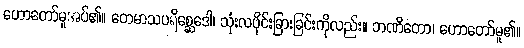
ဟောတော်မူအပ်၏။ တေမာသပရိစ္ဆေဒေါ၊ သုံးလပိုင်းခြားခြင်းကိုလည်း။ ဘဏိတော၊ ဟောတော်မူ၏။